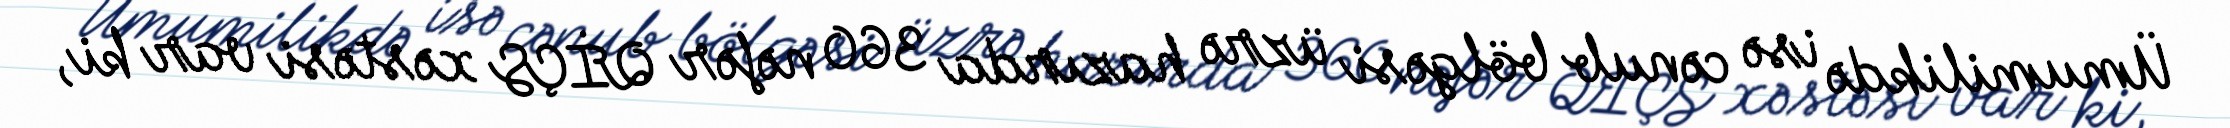
Ümumilikdə isə cənub bölgəsi üzrə hazırda 360 nəfər QİÇS xəstəsi var ki,